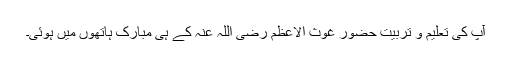
آپؒ کی تعلیم و تربیت حضور غوث الاعظم رضی اللہ عنہٗ کے ہی مبارک ہاتھوں میں ہوئی۔